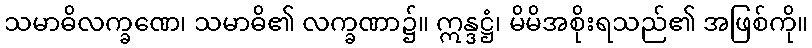
သမာဓိလက္ခဏေ၊ သမာဓိ၏ လက္ခဏာ၌။ ဣန္ဒဋ္ဌံ၊ မိမိအစိုးရသည်၏ အဖြစ်ကို။